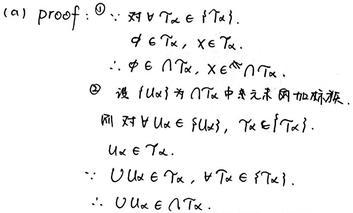
(a) proof:
$\textcircled{1} \because $对$ \forall \mathcal{T}_\alpha\in\{\mathcal{T}_\alpha\}, \varnothing\in\mathcal{T}_\alpha, X\in\mathcal{T}_\alpha.$\\
$\therefore \varnothing\in\bigcap\mathcal{T}_\alpha, X\in\bigcap\mathcal{T}_\alpha.$\\
$\textcircled{2} $设$ \{U_\alpha\} $为$ \bigcap\mathcal{T}_\alpha $中元素的加标族.\\
则对$ \forall U_\alpha\in\{U_\alpha\}, \mathcal{T}_\alpha\in\{\mathcal{T}_\alpha\}, U_\alpha\in\mathcal{T}_\alpha.$\\
$\because \bigcup U_\alpha\in\mathcal{T}_\alpha, \forall\mathcal{T}_\alpha\in\{\mathcal{T}_\alpha\}.$\\
$\therefore \bigcup U_\alpha\in\bigcap\mathcal{T}_\alpha. $